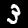
Label: 3